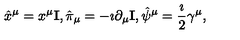
\hat { x } ^ { \mu } = x ^ { \mu } { \bf I } , \hat { \pi } _ { \mu } = - \imath \partial _ { \mu } { \bf I } , \hat { \psi } ^ { \mu } = \frac { \imath } { 2 } \gamma ^ { \mu } ,